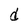
Character: d